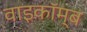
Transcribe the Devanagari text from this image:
वाइकॉम्ब